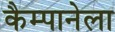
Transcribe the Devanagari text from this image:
कैम्पानेला